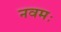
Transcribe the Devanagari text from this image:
नवमः